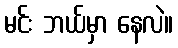
မင်း ဘယ်မှာ နေလဲ။